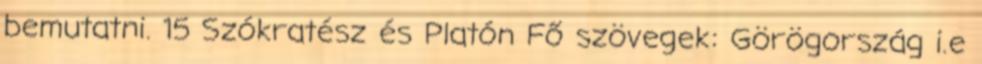
bemutatni. 15 Szókratész és Platón Fő szövegek: Görögország i.e